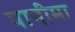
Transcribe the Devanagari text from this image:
पानीमा